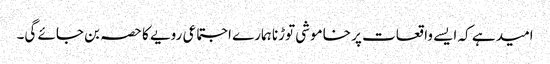
امید ہے کہ ایسے واقعات پر خاموشی توڑنا ہمارے اجتماعی رویے کا حصہ بن جائے گی۔